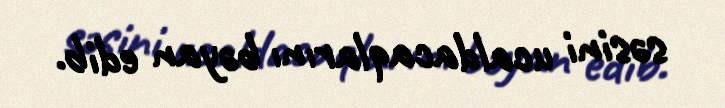
səsini ucaldacaqlarını bəyan edib.